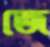
জে